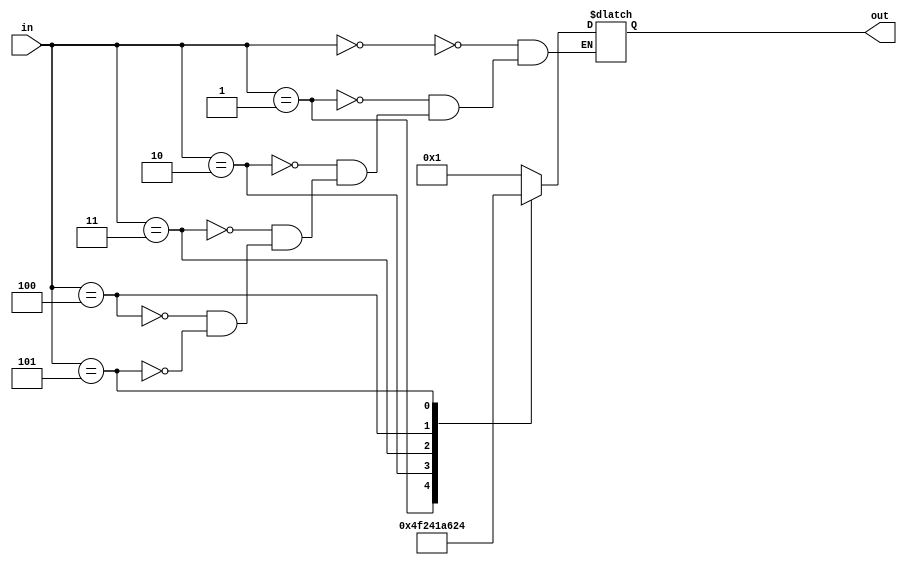
`timescale 1ns / 1ps
//////////////////////////////////////////////////////////////////////////////////
// Company: 
// Engineer: 
// 
// Design Name: 
// Module Name: SSD_ten
// Project Name: 
// Target Devices: 
// Tool Versions: 
// Description: 
// 
// Dependencies: 
// 
// Revision:
// Revision 0.01 - File Created
// Additional Comments:
// 
//////////////////////////////////////////////////////////////////////////////////
//from 1 to 5

module SSD_ten(in,out);
input [3:0] in;
output [6:0] out;
reg [6:0] out;
always@(in) begin
case (in)
              4'b0000: out<=7'b0000001; 
              4'b0001: out<=7'b1001111;                            
              4'b0010: out<=7'b0010010;                               
              4'b0011: out<=7'b0000110;                               
              4'b0100: out<=7'b1001100;                               
              4'b0101: out<=7'b0100100;      
endcase
end
endmodule